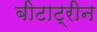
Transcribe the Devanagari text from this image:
बीटाट्रीन